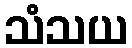
သံသယ